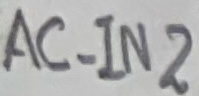
Text: AC_IN2